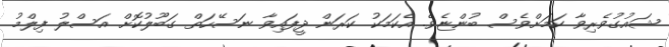
ޝައުގުވެރިވާ ކަމަށްވެސް ބުންޏެވެ. އެކަމަކު ކަރަން ދީފައިވާ ނަސޭހަތް ގަބޫލުކޮށް އަސްލު ފިލްމު